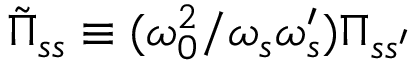
\tilde { \Pi } _ { s s } \equiv ( \omega _ { 0 } ^ { 2 } / \omega _ { s } \omega _ { s } ^ { \prime } ) \Pi _ { s s ^ { \prime } }